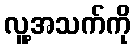
လူ့အသက်ကို